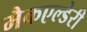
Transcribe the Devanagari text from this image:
मैकएल्डेरी